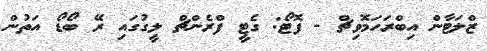
ޒްލަޓާން އިބްރަހަމޮވިޗް - ފޮޓޯ: ގެޓީ ފްރެންޗް ލީގުގައި ރޭ ބޯޑޯ އަތުން